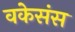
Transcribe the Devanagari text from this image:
वकेसंस